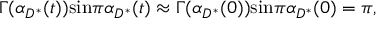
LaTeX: \Gamma ( { \alpha } _ { { D } ^ { * } } ( t ) ) \mathrm { s i n } \pi { \alpha } _ { { D } ^ { * } } ( t ) \approx \Gamma ( { \alpha } _ { { D } ^ { * } } ( 0 ) ) \mathrm { s i n } \pi { \alpha } _ { { D } ^ { * } } ( 0 ) = \pi ,